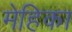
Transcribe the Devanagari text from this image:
मेहिका